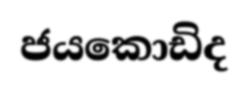
ජයකොඩිද